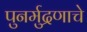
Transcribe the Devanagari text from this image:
पुनर्मुद्रणाचे